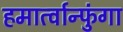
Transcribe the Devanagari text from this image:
हमार्त्वान्फुंगा